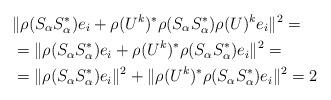
LaTeX: \begin{align*}& \| \rho(S_\alpha S_\alpha^*)e_i+\rho(U^k)^*\rho(S_\alpha S_\alpha^*)\rho(U)^k e_i\|^2=\\& = \| \rho(S_\alpha S_\alpha^*)e_i+\rho(U^k)^*\rho(S_\alpha S_\alpha^*)e_i\|^2=\\& = \| \rho(S_\alpha S_\alpha^*)e_i\|^2+\|\rho(U^k)^*\rho(S_\alpha S_\alpha^*)e_i\|^2=2\end{align*}